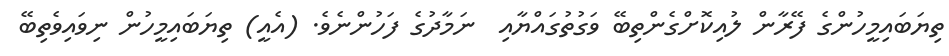
ތިޔަބައިމީހުންގެ ފޭރާން ލުއިކޮށްގެންތިބޭ ވަގުތުގައްޔާއި  ނަމާދުގެ ފަހުންނެވެ. (އެއީ) ތިޔަބައިމީހުން ނިވައިވެތިބޭ